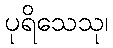
ပုရိသေသု၊